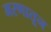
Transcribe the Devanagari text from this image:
मरणातून